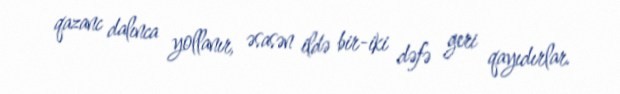
qazanc dalınca yollanır, əsasən ildə bir-iki dəfə geri qayıdırlar.